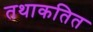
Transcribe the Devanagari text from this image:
तथाकतित